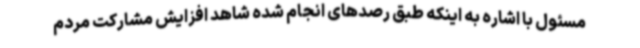
مسئول با اشاره به اینکه طبق رصدهای انجام شده شاهد افزایش مشارکت مردم